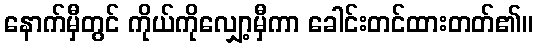
နောက်မှီတွင် ကိုယ်ကိုလျှော့မှီကာ ခေါင်းတင်ထားတတ်၏။